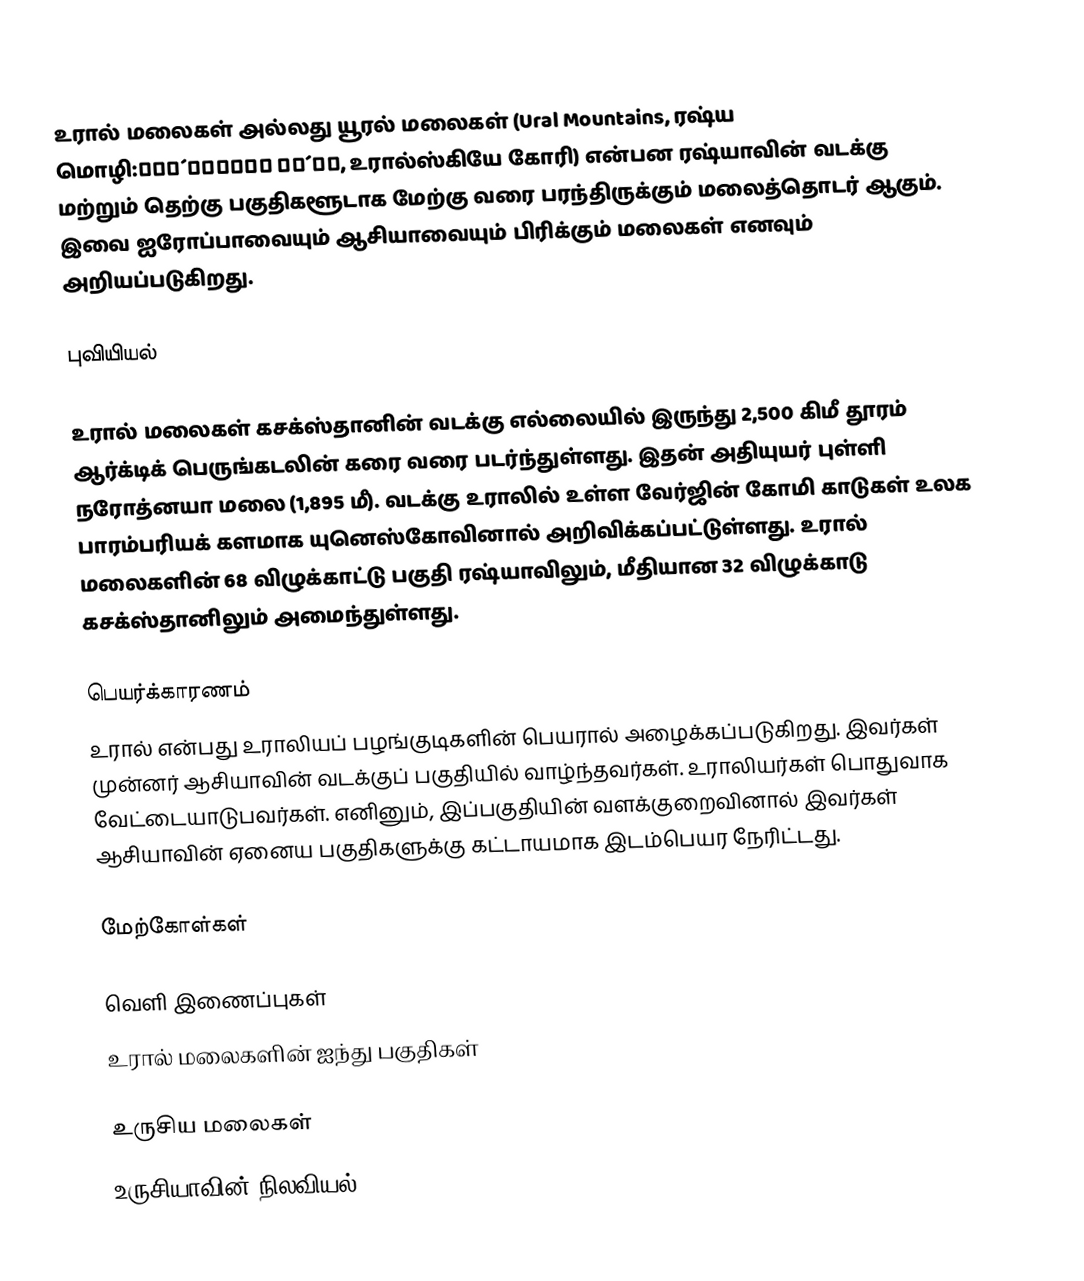
உரால் மலைகள் அல்லது யூரல் மலைகள் (Ural Mountains, ரஷ்ய மொழி:Ура́льские го́ры, உரால்ஸ்கியே கோரி) என்பன ரஷ்யாவின் வடக்கு மற்றும் தெற்கு பகுதிகளூடாக மேற்கு வரை பரந்திருக்கும் மலைத்தொடர் ஆகும். இவை ஐரோப்பாவையும் ஆசியாவையும் பிரிக்கும் மலைகள் எனவும் அறியப்படுகிறது.

புவியியல்

உரால் மலைகள் கசக்ஸ்தானின் வடக்கு எல்லையில் இருந்து 2,500 கிமீ தூரம் ஆர்க்டிக் பெருங்கடலின் கரை வரை படர்ந்துள்ளது. இதன் அதியுயர் புள்ளி நரோத்னயா மலை (1,895 மீ). வடக்கு உராலில் உள்ள வேர்ஜின் கோமி காடுகள் உலக பாரம்பரியக் களமாக யுனெஸ்கோவினால் அறிவிக்கப்பட்டுள்ளது. உரால் மலைகளின் 68 விழுக்காட்டு பகுதி ரஷ்யாவிலும், மீதியான 32 விழுக்காடு கசக்ஸ்தானிலும் அமைந்துள்ளது.

பெயர்க்காரணம்
உரால் என்பது உராலியப் பழங்குடிகளின் பெயரால் அழைக்கப்படுகிறது. இவர்கள் முன்னர் ஆசியாவின் வடக்குப் பகுதியில் வாழ்ந்தவர்கள். உராலியர்கள் பொதுவாக வேட்டையாடுபவர்கள். எனினும், இப்பகுதியின் வளக்குறைவினால் இவர்கள் ஆசியாவின் ஏனைய பகுதிகளுக்கு கட்டாயமாக இடம்பெயர நேரிட்டது.

மேற்கோள்கள்

வெளி இணைப்புகள்
 உரால் மலைகளின் ஐந்து பகுதிகள்

உருசிய மலைகள்
உருசியாவின் நிலவியல்